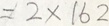
= 2 \times 1 6 2